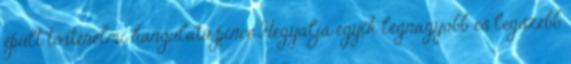
épült történelmi hangulatú pince Hegyalja egyik legnagyobb és legszebb